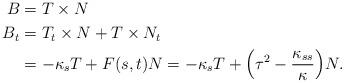
LaTeX: \begin{align*}B &= T\times N\\B_{t}&=T_{t}\times N+T\times N_{t}\\&=-\kappa_{s}T+F(s,t)N = -\kappa_{s}T+\Big(\tau^{2}-\frac{\kappa_{ss}}{\kappa}\Big)N.\end{align*}